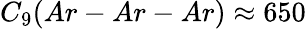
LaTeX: C_{9}(Ar-Ar-Ar)\approx 650